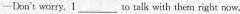
—Don't worry, 1___ to talk with them right row.